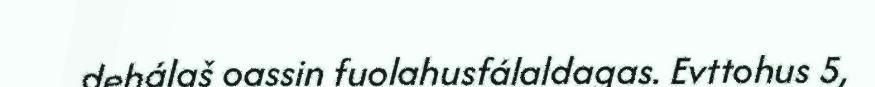
dehálaš oassin fuolahusfálaldagas. Evttohus 5,